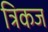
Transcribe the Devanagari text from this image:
त्रिकज